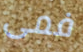
فمى